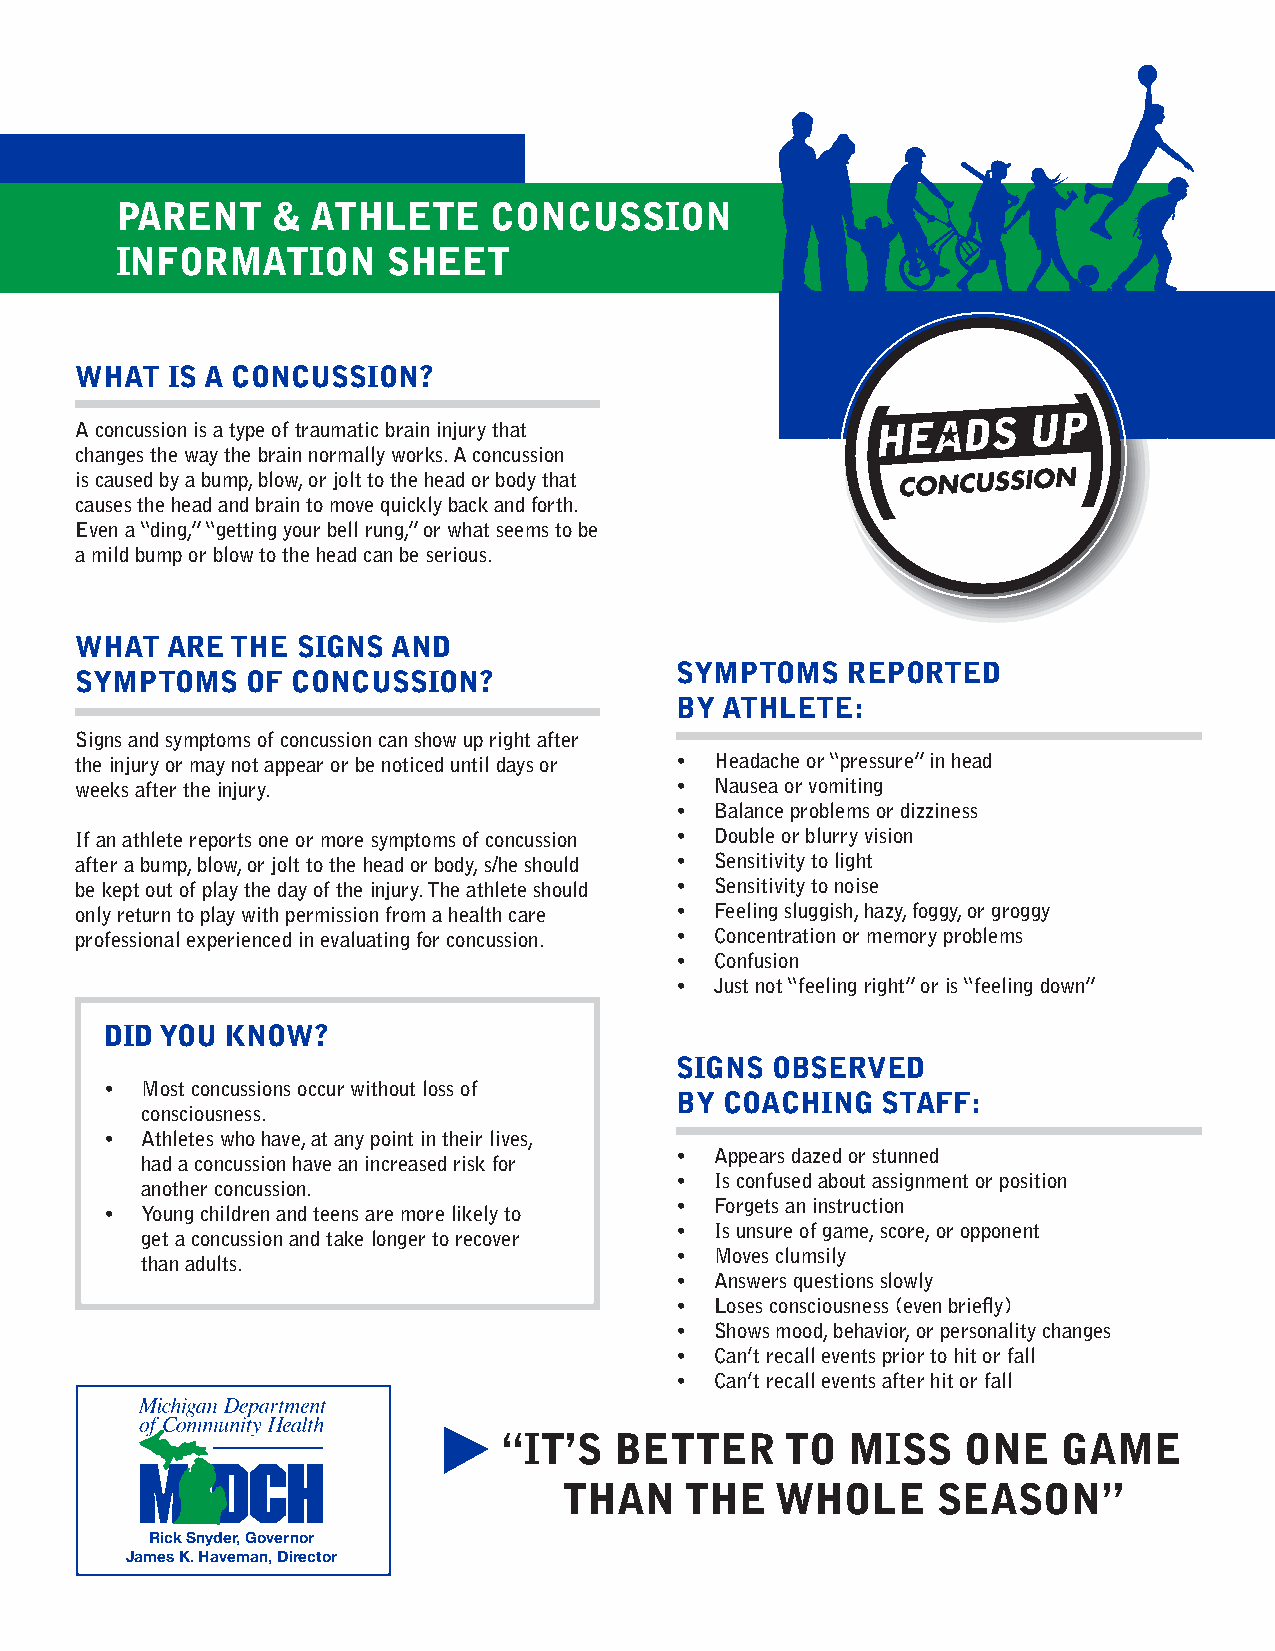
PARENT    &  ATHLETE    CONCUSSION
 INFORMATION       SHEET
 WHAT  IS A CONCUSSION?
 A concussion is a type of traumatic brain injury that
 changes the way the brain normally works. A concussion
 is caused by a bump, blow, or jolt to the head or body that
 causes the head and brain to move quickly back and forth.
 Even a “ding,” “getting your bell rung,” or what seems to be
 a mild bump or blow to the head can be serious.
 WHAT  ARE THE  SIGNS AND
 SYMPTOMS   REPORTED
 SYMPTOMS   OF CONCUSSION?
 BY ATHLETE:
 Signs and symptoms of concussion can show up right after
 the injury or may not appear or be noticed until days or • Headache or “pressure” in head
 weeks after the injury.                 • Nausea or vomiting
 • Balance problems or dizziness
 If an athlete reports one or more symptoms of concussion • Double or blurry vision
 after a bump, blow, or jolt to the head or body, s/he should • Sensitivity to light
 be kept out of play the day of the injury. The athlete should • Sensitivity to noise
 only return to play with permission from a health care • Feeling sluggish, hazy, foggy, or groggy
 professional experienced in evaluating for concussion. • Concentration or memory problems
 • Confusion
 • Just not “feeling right” or is “feeling down”
 DID YOU KNOW?
 SIGNS OBSERVED
 • Most concussions occur without loss of
 BY COACHING  STAFF:
 consciousness.
 • Athletes who have, at any point in their lives,
 • Appears dazed or stunned
 had a concussion have an increased risk for
 • Is confused about assignment or position
 another concussion.
 • Forgets an instruction
 • Young children and teens are more likely to
 • Is unsure of game, score, or opponent
 get a concussion and take longer to recover
 • Moves clumsily
 than adults.
 • Answers questions slowly
 • Loses consciousness (even briefly)
 • Shows mood, behavior, or personality changes
 • Can’t recall events prior to hit or fall
 • Can’t recall events after hit or fall
 “IT’S   BETTER     TO  MISS    ONE   GAME
 THAN    THE   WHOLE      SEASON”
 Rick Snyder, Governor
 James K. Haveman, Director